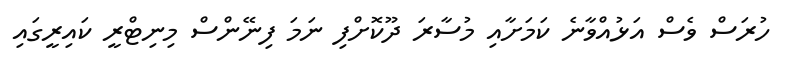
ހުރަސް ވެސް އަޅުއްވާނެ ކަމަށާއި މުސާރަ ދޫކޮށްފި ނަމަ ފިނޭންސް މިނިޓްރީ ކައިރީގައި